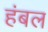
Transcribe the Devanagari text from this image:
हंबल